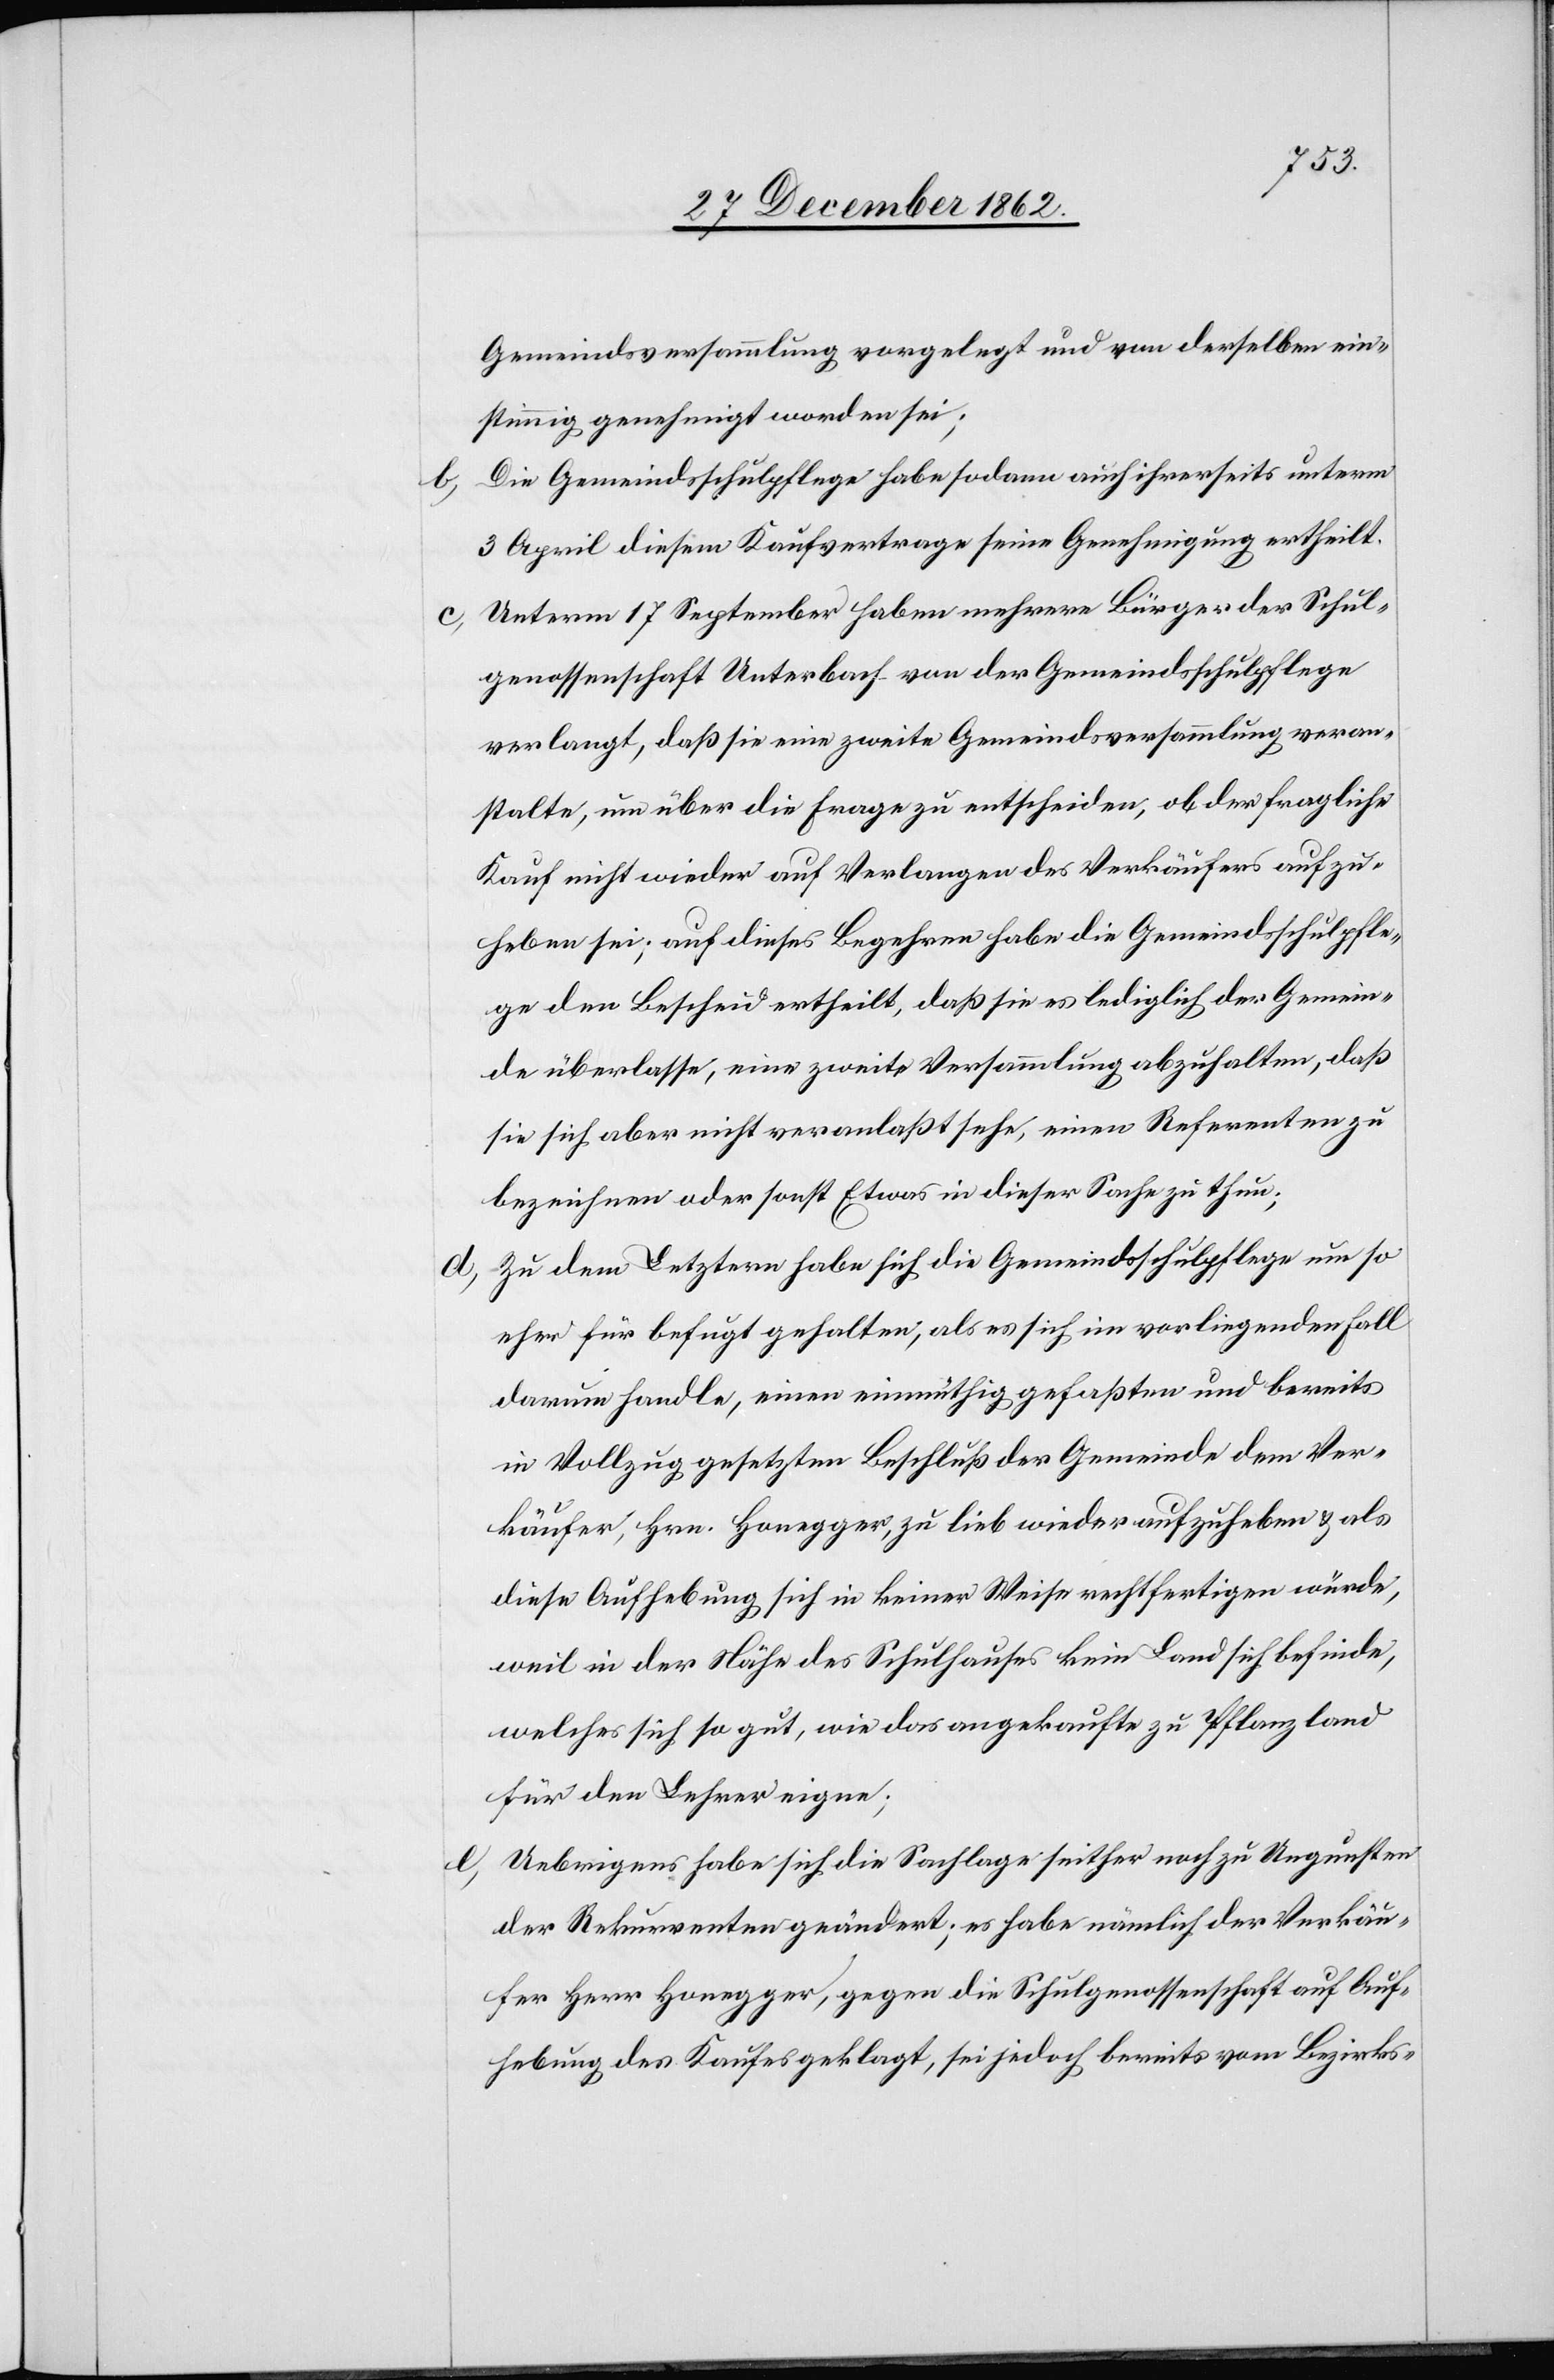
Gemeindsversammlung vorgelegt und von derselben ein¬
stimmig genehmigt worden sei;
b. die Gemeindsschulpflege habe sodann auch ihrerseits unterm
3. April diesem Kaufvertrage seine Genehmigung ertheilt.
Unterm 17. September haben mehrere Bürger der Schul¬
c.
genossenschaft Unterbach von der Gemeindsschulpflege
verlangt, daß sie eine zweite Gemeindsversammlung veran¬
stalte, um über die Frage zu entscheiden, ob der fragliche
Kauf nicht wieder auf Verlangen des Verkäufers aufzu¬
heben sei; auf dieses Begehren habe die Gemeindsschulpfle¬
ge den Bescheid ertheilt, daß sie es lediglich der Gemein¬
de überlasse, eine zweite Versammlung abzuhalten, daß
sie sich aber nicht veranlaßt sehe, einen Referenten zu
bezeichnen oder sonst Etwas in dieser Sache zu thun;
d. Zu dem Letztern habe sich die Gemeindsschulpflege um so
eher für befugt gehalten, als es sich im vorliegenden Fall
darum handle, einen einmüthig gefaßten und bereits
in Vollzug gesetzten Beschluß der Gemeinde dem Ver¬
käufer, Hrn. Honegger, zu lieb wieder aufzuheben u. als
diese Aufhebung sich in keiner Weise rechtfertigen würde,
weil in der Nähe des Schulhauses kein Land sich befinde,
welches sich so gut, wie das angekaufte zu Pflanzland
für den Lehrer eigne;
e. Uebrigens habe sich die Sachlage seither noch zu Ungunsten
der Rekurrenten geändert, es habe nämlich der Verkäu¬
fer Herr Honegger, gegen die Schulgenossenschaft auf Auf¬
hebung des Kaufes geklagt, sei jedoch bereits vom Bezirks-